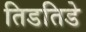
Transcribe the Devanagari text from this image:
तिडतिडे